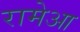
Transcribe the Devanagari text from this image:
रामेआ